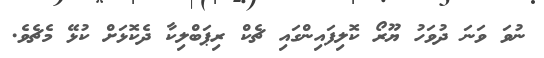
ނުވަ ވަނަ ދުވަހު ޔޫރޯ ކޮލިފައިންގައި ޗެކް ރިޕަބްލިކާ ދެކޮޅަށް ކުޅޭ މެޗެވެ.